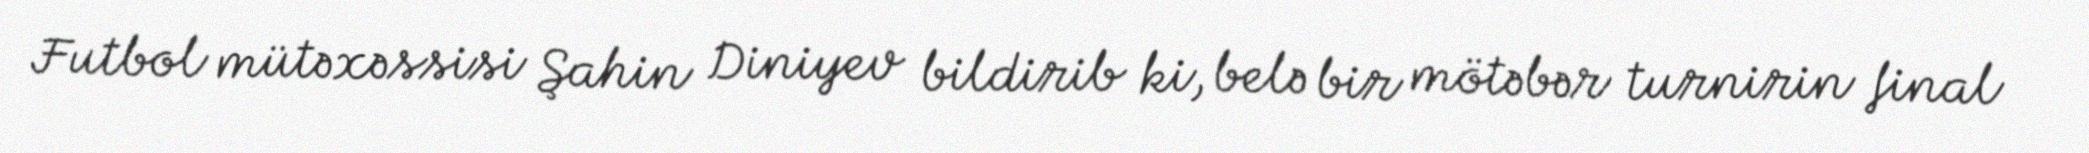
Futbol mütəxəssisi Şahin Diniyev bildirib ki, belə bir mötəbər turnirin final